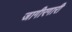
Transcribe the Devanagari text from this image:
जागीरगारी